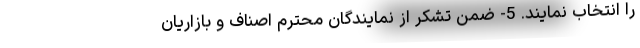
را انتخاب نمایند. 5- ضمن تشکر از نمایندگان محترم اصناف و بازاریان